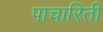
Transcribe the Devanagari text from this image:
पाचारिती